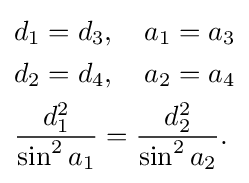
{\begin{aligned}&d_{1}=d_{3},\quad a_{1}=a_{3}\\&d_{2}=d_{4},\quad a_{2}=a_{4}\\&{\frac {d_{1}^{2}}{\sin ^{2}a_{1}}}={\frac {d_{2}^{2}}{\sin ^{2}a_{2}}}.\end{aligned}}